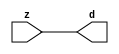

//------> /package/eda/mg/Catapult_10.3d/Mgc_home/pkgs/siflibs/mgc_in_wire_v2.v 
//------------------------------------------------------------------------------
// Catapult Synthesis - Sample I/O Port Library
//
// Copyright (c) 2003-2017 Mentor Graphics Corp.
//       All Rights Reserved
//
// This document may be used and distributed without restriction provided that
// this copyright statement is not removed from the file and that any derivative
// work contains this copyright notice.
//
// The design information contained in this file is intended to be an example
// of the functionality which the end user may study in preparation for creating
// their own custom interfaces. This design does not necessarily present a 
// complete implementation of the named protocol or standard.
//
//------------------------------------------------------------------------------


module mgc_in_wire_v2 (d, z);

  parameter integer rscid = 1;
  parameter integer width = 8;

  output [width-1:0] d;
  input  [width-1:0] z;

  wire   [width-1:0] d;

  assign d = z;

endmodule


//------> /package/eda/mg/Catapult_10.3d/Mgc_home/pkgs/siflibs/ccs_in_v1.v 
//------------------------------------------------------------------------------
// Catapult Synthesis - Sample I/O Port Library
//
// Copyright (c) 2003-2017 Mentor Graphics Corp.
//       All Rights Reserved
//
// This document may be used and distributed without restriction provided that
// this copyright statement is not removed from the file and that any derivative
// work contains this copyright notice.
//
// The design information contained in this file is intended to be an example
// of the functionality which the end user may study in preparation for creating
// their own custom interfaces. This design does not necessarily present a 
// complete implementation of the named protocol or standard.
//
//------------------------------------------------------------------------------


module ccs_in_v1 (idat, dat);

  parameter integer rscid = 1;
  parameter integer width = 8;

  output [width-1:0] idat;
  input  [width-1:0] dat;

  wire   [width-1:0] idat;

  assign idat = dat;

endmodule


//------> /package/eda/mg/Catapult_10.3d/Mgc_home/pkgs/siflibs/ccs_out_v1.v 
//------------------------------------------------------------------------------
// Catapult Synthesis - Sample I/O Port Library
//
// Copyright (c) 2003-2015 Mentor Graphics Corp.
//       All Rights Reserved
//
// This document may be used and distributed without restriction provided that
// this copyright statement is not removed from the file and that any derivative
// work contains this copyright notice.
//
// The design information contained in this file is intended to be an example
// of the functionality which the end user may study in preparation for creating
// their own custom interfaces. This design does not necessarily present a 
// complete implementation of the named protocol or standard.
//
//------------------------------------------------------------------------------

module ccs_out_v1 (dat, idat);

  parameter integer rscid = 1;
  parameter integer width = 8;

  output   [width-1:0] dat;
  input    [width-1:0] idat;

  wire     [width-1:0] dat;

  assign dat = idat;

endmodule




//------> /package/eda/mg/Catapult_10.3d/Mgc_home/pkgs/siflibs/mgc_io_sync_v2.v 
//------------------------------------------------------------------------------
// Catapult Synthesis - Sample I/O Port Library
//
// Copyright (c) 2003-2017 Mentor Graphics Corp.
//       All Rights Reserved
//
// This document may be used and distributed without restriction provided that
// this copyright statement is not removed from the file and that any derivative
// work contains this copyright notice.
//
// The design information contained in this file is intended to be an example
// of the functionality which the end user may study in preparation for creating
// their own custom interfaces. This design does not necessarily present a 
// complete implementation of the named protocol or standard.
//
//------------------------------------------------------------------------------


module mgc_io_sync_v2 (ld, lz);
    parameter valid = 0;

    input  ld;
    output lz;

    wire   lz;

    assign lz = ld;

endmodule


//------> ./rtl.v 
// ----------------------------------------------------------------------
//  HLS HDL:        Verilog Netlister
//  HLS Version:    10.3d/815731 Production Release
//  HLS Date:       Wed Apr 24 14:54:19 PDT 2019
// 
//  Generated by:   695r48@ecegrid-thin4.ecn.purdue.edu
//  Generated date: Wed Nov 10 16:37:26 2021
// ----------------------------------------------------------------------

// 
// ------------------------------------------------------------------
//  Design Unit:    fir_core_core_fsm
//  FSM Module
// ------------------------------------------------------------------


module fir_core_core_fsm (
  clk, rst, fsm_output
);
  input clk;
  input rst;
  output [8:0] fsm_output;
  reg [8:0] fsm_output;


  // FSM State Type Declaration for fir_core_core_fsm_1
  parameter
    main_C_0 = 4'd0,
    main_C_1 = 4'd1,
    main_C_2 = 4'd2,
    main_C_3 = 4'd3,
    main_C_4 = 4'd4,
    main_C_5 = 4'd5,
    main_C_6 = 4'd6,
    main_C_7 = 4'd7,
    main_C_8 = 4'd8;

  reg [3:0] state_var;
  reg [3:0] state_var_NS;


  // Interconnect Declarations for Component Instantiations 
  always @(*)
  begin : fir_core_core_fsm_1
    case (state_var)
      main_C_1 : begin
        fsm_output = 9'b000000010;
        state_var_NS = main_C_2;
      end
      main_C_2 : begin
        fsm_output = 9'b000000100;
        state_var_NS = main_C_3;
      end
      main_C_3 : begin
        fsm_output = 9'b000001000;
        state_var_NS = main_C_4;
      end
      main_C_4 : begin
        fsm_output = 9'b000010000;
        state_var_NS = main_C_5;
      end
      main_C_5 : begin
        fsm_output = 9'b000100000;
        state_var_NS = main_C_6;
      end
      main_C_6 : begin
        fsm_output = 9'b001000000;
        state_var_NS = main_C_7;
      end
      main_C_7 : begin
        fsm_output = 9'b010000000;
        state_var_NS = main_C_8;
      end
      main_C_8 : begin
        fsm_output = 9'b100000000;
        state_var_NS = main_C_0;
      end
      // main_C_0
      default : begin
        fsm_output = 9'b000000001;
        state_var_NS = main_C_1;
      end
    endcase
  end

  always @(posedge clk) begin
    if ( rst ) begin
      state_var <= main_C_0;
    end
    else begin
      state_var <= state_var_NS;
    end
  end

endmodule

// ------------------------------------------------------------------
//  Design Unit:    fir_core
// ------------------------------------------------------------------


module fir_core (
  clk, rst, coeffs_rsc_z, coeffs_rsc_triosy_lz, in1_rsc_dat, in1_rsc_triosy_lz, out1_rsc_dat,
      out1_rsc_triosy_lz
);
  input clk;
  input rst;
  input [511:0] coeffs_rsc_z;
  output coeffs_rsc_triosy_lz;
  input [15:0] in1_rsc_dat;
  output in1_rsc_triosy_lz;
  output [15:0] out1_rsc_dat;
  output out1_rsc_triosy_lz;


  // Interconnect Declarations
  wire [511:0] coeffs_rsci_d;
  wire [15:0] in1_rsci_idat;
  reg [15:0] out1_rsci_idat;
  reg out1_rsc_triosy_obj_ld;
  wire [8:0] fsm_output;
  reg [223:0] reg_MAC_io_read_coeffs_rsc_cse_255_0_ftd_32;
  reg reg_in1_rsc_triosy_obj_ld_cse;
  wire [29:0] z_out;
  wire [30:0] nl_z_out;
  wire [29:0] z_out_1;
  wire signed [32:0] nl_z_out_1;
  wire [29:0] z_out_2;
  wire signed [32:0] nl_z_out_2;
  wire [29:0] z_out_3;
  wire signed [32:0] nl_z_out_3;
  wire [29:0] z_out_4;
  wire signed [32:0] nl_z_out_4;
  wire [29:0] z_out_5;
  wire signed [32:0] nl_z_out_5;
  wire [29:0] z_out_6;
  wire signed [32:0] nl_z_out_6;
  reg [15:0] regs_15_sva;
  reg [15:0] regs_16_sva;
  reg [15:0] regs_14_sva;
  reg [15:0] regs_17_sva;
  reg [15:0] regs_13_sva;
  reg [15:0] regs_18_sva;
  reg [15:0] regs_12_sva;
  reg [15:0] regs_19_sva;
  reg [15:0] regs_11_sva;
  reg [15:0] regs_20_sva;
  reg [15:0] regs_10_sva;
  reg [15:0] regs_21_sva;
  reg [15:0] regs_9_sva;
  reg [15:0] regs_22_sva;
  reg [15:0] regs_8_sva;
  reg [15:0] regs_23_sva;
  reg [15:0] regs_7_sva;
  reg [15:0] regs_24_sva;
  reg [15:0] regs_6_sva;
  reg [15:0] regs_25_sva;
  reg [15:0] regs_5_sva;
  reg [15:0] regs_26_sva;
  reg [15:0] regs_4_sva;
  reg [15:0] regs_27_sva;
  reg [15:0] regs_3_sva;
  reg [15:0] regs_28_sva;
  reg [15:0] regs_2_sva;
  reg [15:0] regs_29_sva;
  reg [15:0] regs_1_sva;
  reg [15:0] regs_30_sva;
  reg [15:0] regs_0_sva;
  reg [16:0] MAC_1_acc_3_itm;
  wire [17:0] nl_MAC_1_acc_3_itm;
  reg [16:0] MAC_2_acc_3_itm;
  wire [17:0] nl_MAC_2_acc_3_itm;
  reg [16:0] MAC_3_acc_3_itm;
  wire [17:0] nl_MAC_3_acc_3_itm;
  reg [16:0] MAC_4_acc_3_itm;
  wire [17:0] nl_MAC_4_acc_3_itm;
  reg [16:0] MAC_5_acc_3_itm;
  wire [17:0] nl_MAC_5_acc_3_itm;
  reg [16:0] MAC_6_acc_3_itm;
  wire [17:0] nl_MAC_6_acc_3_itm;
  reg [16:0] MAC_7_acc_3_itm;
  wire [17:0] nl_MAC_7_acc_3_itm;
  reg [16:0] MAC_8_acc_3_itm;
  wire [17:0] nl_MAC_8_acc_3_itm;
  reg [16:0] MAC_9_acc_3_itm;
  wire [17:0] nl_MAC_9_acc_3_itm;
  reg [16:0] MAC_10_acc_3_itm;
  reg [29:0] MAC_acc_7_itm;
  reg [16:0] MAC_11_acc_3_itm;
  wire [17:0] nl_MAC_11_acc_3_itm;
  reg [16:0] MAC_12_acc_3_itm;
  wire [17:0] nl_MAC_12_acc_3_itm;
  reg [16:0] MAC_13_acc_3_itm;
  wire [17:0] nl_MAC_13_acc_3_itm;
  reg [16:0] MAC_14_acc_3_itm;
  wire [17:0] nl_MAC_14_acc_3_itm;
  reg [29:0] MAC_15_mul_itm;
  reg [29:0] MAC_16_mul_itm;
  reg [29:0] MAC_acc_16_itm;
  wire [29:0] MAC_acc_19;
  wire [30:0] nl_MAC_acc_19;
  wire MAC_or_5_cse;

  wire[29:0] MAC_16_acc_2_nl;
  wire[30:0] nl_MAC_16_acc_2_nl;
  wire[29:0] MAC_acc_nl;
  wire[30:0] nl_MAC_acc_nl;
  wire[16:0] MAC_10_acc_3_nl;
  wire[17:0] nl_MAC_10_acc_3_nl;
  wire[29:0] MAC_15_mul_nl;
  wire signed [32:0] nl_MAC_15_mul_nl;
  wire[16:0] MAC_15_acc_3_nl;
  wire[17:0] nl_MAC_15_acc_3_nl;
  wire[29:0] MAC_acc_5_nl;
  wire[30:0] nl_MAC_acc_5_nl;
  wire[29:0] MAC_acc_11_nl;
  wire[30:0] nl_MAC_acc_11_nl;
  wire[29:0] MAC_16_mul_nl;
  wire signed [32:0] nl_MAC_16_mul_nl;
  wire[16:0] MAC_16_acc_3_nl;
  wire[17:0] nl_MAC_16_acc_3_nl;
  wire[29:0] MAC_acc_10_nl;
  wire[30:0] nl_MAC_acc_10_nl;
  wire[29:0] MAC_acc_8_nl;
  wire[30:0] nl_MAC_acc_8_nl;
  wire[29:0] MAC_acc_6_nl;
  wire[30:0] nl_MAC_acc_6_nl;
  wire[29:0] MAC_11_mul_nl;
  wire signed [32:0] nl_MAC_11_mul_nl;
  wire[29:0] MAC_12_mul_nl;
  wire signed [32:0] nl_MAC_12_mul_nl;
  wire[29:0] MAC_acc_9_nl;
  wire[30:0] nl_MAC_acc_9_nl;
  wire[29:0] MAC_acc_7_nl;
  wire[30:0] nl_MAC_acc_7_nl;
  wire[29:0] MAC_mux_25_nl;
  wire[0:0] or_82_nl;
  wire[15:0] MAC_mux_26_nl;
  wire[16:0] MAC_mux_27_nl;
  wire[15:0] MAC_mux_28_nl;
  wire[16:0] MAC_mux_29_nl;
  wire[15:0] MAC_mux_30_nl;
  wire[16:0] MAC_mux_31_nl;
  wire[15:0] MAC_mux_32_nl;
  wire[16:0] MAC_mux_33_nl;
  wire[15:0] MAC_mux_34_nl;
  wire[16:0] MAC_mux_35_nl;
  wire[15:0] MAC_mux_36_nl;
  wire[16:0] MAC_mux_37_nl;

  // Interconnect Declarations for Component Instantiations 
  mgc_in_wire_v2 #(.rscid(32'sd1),
  .width(32'sd512)) coeffs_rsci (
      .d(coeffs_rsci_d),
      .z(coeffs_rsc_z)
    );
  ccs_in_v1 #(.rscid(32'sd2),
  .width(32'sd16)) in1_rsci (
      .dat(in1_rsc_dat),
      .idat(in1_rsci_idat)
    );
  ccs_out_v1 #(.rscid(32'sd3),
  .width(32'sd16)) out1_rsci (
      .idat(out1_rsci_idat),
      .dat(out1_rsc_dat)
    );
  mgc_io_sync_v2 #(.valid(32'sd0)) coeffs_rsc_triosy_obj (
      .ld(reg_in1_rsc_triosy_obj_ld_cse),
      .lz(coeffs_rsc_triosy_lz)
    );
  mgc_io_sync_v2 #(.valid(32'sd0)) in1_rsc_triosy_obj (
      .ld(reg_in1_rsc_triosy_obj_ld_cse),
      .lz(in1_rsc_triosy_lz)
    );
  mgc_io_sync_v2 #(.valid(32'sd0)) out1_rsc_triosy_obj (
      .ld(out1_rsc_triosy_obj_ld),
      .lz(out1_rsc_triosy_lz)
    );
  fir_core_core_fsm fir_core_core_fsm_inst (
      .clk(clk),
      .rst(rst),
      .fsm_output(fsm_output)
    );
  assign MAC_or_5_cse = (fsm_output[4]) | (fsm_output[6]);
  assign nl_MAC_acc_19 = MAC_acc_7_itm + MAC_16_mul_itm;
  assign MAC_acc_19 = nl_MAC_acc_19[29:0];
  always @(posedge clk) begin
    if ( rst ) begin
      out1_rsci_idat <= 16'b0000000000000000;
    end
    else if ( fsm_output[8] ) begin
      out1_rsci_idat <= readslicef_30_16_14((MAC_16_acc_2_nl));
    end
  end
  always @(posedge clk) begin
    if ( rst ) begin
      MAC_11_acc_3_itm <= 17'b00000000000000000;
    end
    else if ( fsm_output[0] ) begin
      MAC_11_acc_3_itm <= nl_MAC_11_acc_3_itm[16:0];
    end
  end
  always @(posedge clk) begin
    if ( rst ) begin
      MAC_12_acc_3_itm <= 17'b00000000000000000;
    end
    else if ( fsm_output[0] ) begin
      MAC_12_acc_3_itm <= nl_MAC_12_acc_3_itm[16:0];
    end
  end
  always @(posedge clk) begin
    if ( rst ) begin
      MAC_9_acc_3_itm <= 17'b00000000000000000;
    end
    else if ( fsm_output[0] ) begin
      MAC_9_acc_3_itm <= nl_MAC_9_acc_3_itm[16:0];
    end
  end
  always @(posedge clk) begin
    if ( rst ) begin
      MAC_10_acc_3_itm <= 17'b00000000000000000;
    end
    else if ( (fsm_output[8]) | (fsm_output[0]) ) begin
      MAC_10_acc_3_itm <= MUX_v_17_2_2((MAC_10_acc_3_nl), ({1'b0 , regs_30_sva}),
          fsm_output[8]);
    end
  end
  always @(posedge clk) begin
    if ( rst ) begin
      MAC_7_acc_3_itm <= 17'b00000000000000000;
    end
    else if ( fsm_output[0] ) begin
      MAC_7_acc_3_itm <= nl_MAC_7_acc_3_itm[16:0];
    end
  end
  always @(posedge clk) begin
    if ( rst ) begin
      MAC_8_acc_3_itm <= 17'b00000000000000000;
    end
    else if ( fsm_output[0] ) begin
      MAC_8_acc_3_itm <= nl_MAC_8_acc_3_itm[16:0];
    end
  end
  always @(posedge clk) begin
    if ( rst ) begin
      MAC_5_acc_3_itm <= 17'b00000000000000000;
    end
    else if ( fsm_output[0] ) begin
      MAC_5_acc_3_itm <= nl_MAC_5_acc_3_itm[16:0];
    end
  end
  always @(posedge clk) begin
    if ( rst ) begin
      MAC_6_acc_3_itm <= 17'b00000000000000000;
    end
    else if ( fsm_output[0] ) begin
      MAC_6_acc_3_itm <= nl_MAC_6_acc_3_itm[16:0];
    end
  end
  always @(posedge clk) begin
    if ( rst ) begin
      MAC_3_acc_3_itm <= 17'b00000000000000000;
    end
    else if ( fsm_output[0] ) begin
      MAC_3_acc_3_itm <= nl_MAC_3_acc_3_itm[16:0];
    end
  end
  always @(posedge clk) begin
    if ( rst ) begin
      MAC_4_acc_3_itm <= 17'b00000000000000000;
    end
    else if ( fsm_output[0] ) begin
      MAC_4_acc_3_itm <= nl_MAC_4_acc_3_itm[16:0];
    end
  end
  always @(posedge clk) begin
    if ( rst ) begin
      MAC_1_acc_3_itm <= 17'b00000000000000000;
    end
    else if ( fsm_output[0] ) begin
      MAC_1_acc_3_itm <= nl_MAC_1_acc_3_itm[16:0];
    end
  end
  always @(posedge clk) begin
    if ( rst ) begin
      MAC_2_acc_3_itm <= 17'b00000000000000000;
    end
    else if ( fsm_output[0] ) begin
      MAC_2_acc_3_itm <= nl_MAC_2_acc_3_itm[16:0];
    end
  end
  always @(posedge clk) begin
    if ( rst ) begin
      MAC_15_mul_itm <= 30'b000000000000000000000000000000;
    end
    else if ( (fsm_output[0]) | (fsm_output[1]) | (fsm_output[2]) | (fsm_output[4])
        | (fsm_output[6]) ) begin
      MAC_15_mul_itm <= MUX1HOT_v_30_4_2((MAC_15_mul_nl), (MAC_acc_5_nl), (MAC_acc_11_nl),
          z_out, {(fsm_output[0]) , (fsm_output[1]) , (fsm_output[2]) , MAC_or_5_cse});
    end
  end
  always @(posedge clk) begin
    if ( rst ) begin
      MAC_16_mul_itm <= 30'b000000000000000000000000000000;
      MAC_13_acc_3_itm <= 17'b00000000000000000;
      MAC_14_acc_3_itm <= 17'b00000000000000000;
      out1_rsc_triosy_obj_ld <= 1'b0;
      reg_in1_rsc_triosy_obj_ld_cse <= 1'b0;
    end
    else begin
      MAC_16_mul_itm <= MUX1HOT_v_30_5_2((MAC_16_mul_nl), z_out, (MAC_acc_10_nl),
          (MAC_acc_8_nl), (MAC_acc_6_nl), {(fsm_output[0]) , (fsm_output[1]) , (fsm_output[3])
          , (fsm_output[5]) , (fsm_output[7])});
      MAC_13_acc_3_itm <= nl_MAC_13_acc_3_itm[16:0];
      MAC_14_acc_3_itm <= nl_MAC_14_acc_3_itm[16:0];
      out1_rsc_triosy_obj_ld <= fsm_output[8];
      reg_in1_rsc_triosy_obj_ld_cse <= fsm_output[0];
    end
  end
  always @(posedge clk) begin
    if ( rst ) begin
      regs_1_sva <= 16'b0000000000000000;
    end
    else if ( fsm_output[0] ) begin
      regs_1_sva <= regs_0_sva;
    end
  end
  always @(posedge clk) begin
    if ( rst ) begin
      regs_0_sva <= 16'b0000000000000000;
    end
    else if ( fsm_output[0] ) begin
      regs_0_sva <= in1_rsci_idat;
    end
  end
  always @(posedge clk) begin
    if ( rst ) begin
      regs_15_sva <= 16'b0000000000000000;
    end
    else if ( fsm_output[8] ) begin
      regs_15_sva <= regs_14_sva;
    end
  end
  always @(posedge clk) begin
    if ( rst ) begin
      regs_14_sva <= 16'b0000000000000000;
    end
    else if ( fsm_output[8] ) begin
      regs_14_sva <= regs_13_sva;
    end
  end
  always @(posedge clk) begin
    if ( rst ) begin
      regs_16_sva <= 16'b0000000000000000;
    end
    else if ( fsm_output[8] ) begin
      regs_16_sva <= regs_15_sva;
    end
  end
  always @(posedge clk) begin
    if ( rst ) begin
      regs_13_sva <= 16'b0000000000000000;
    end
    else if ( fsm_output[8] ) begin
      regs_13_sva <= regs_12_sva;
    end
  end
  always @(posedge clk) begin
    if ( rst ) begin
      regs_17_sva <= 16'b0000000000000000;
    end
    else if ( fsm_output[8] ) begin
      regs_17_sva <= regs_16_sva;
    end
  end
  always @(posedge clk) begin
    if ( rst ) begin
      regs_12_sva <= 16'b0000000000000000;
    end
    else if ( fsm_output[8] ) begin
      regs_12_sva <= regs_11_sva;
    end
  end
  always @(posedge clk) begin
    if ( rst ) begin
      regs_18_sva <= 16'b0000000000000000;
    end
    else if ( fsm_output[8] ) begin
      regs_18_sva <= regs_17_sva;
    end
  end
  always @(posedge clk) begin
    if ( rst ) begin
      regs_11_sva <= 16'b0000000000000000;
    end
    else if ( fsm_output[8] ) begin
      regs_11_sva <= regs_10_sva;
    end
  end
  always @(posedge clk) begin
    if ( rst ) begin
      regs_19_sva <= 16'b0000000000000000;
    end
    else if ( fsm_output[8] ) begin
      regs_19_sva <= regs_18_sva;
    end
  end
  always @(posedge clk) begin
    if ( rst ) begin
      regs_10_sva <= 16'b0000000000000000;
    end
    else if ( fsm_output[8] ) begin
      regs_10_sva <= regs_9_sva;
    end
  end
  always @(posedge clk) begin
    if ( rst ) begin
      regs_20_sva <= 16'b0000000000000000;
    end
    else if ( fsm_output[8] ) begin
      regs_20_sva <= regs_19_sva;
    end
  end
  always @(posedge clk) begin
    if ( rst ) begin
      regs_9_sva <= 16'b0000000000000000;
    end
    else if ( fsm_output[8] ) begin
      regs_9_sva <= regs_8_sva;
    end
  end
  always @(posedge clk) begin
    if ( rst ) begin
      regs_21_sva <= 16'b0000000000000000;
    end
    else if ( fsm_output[8] ) begin
      regs_21_sva <= regs_20_sva;
    end
  end
  always @(posedge clk) begin
    if ( rst ) begin
      regs_8_sva <= 16'b0000000000000000;
    end
    else if ( fsm_output[8] ) begin
      regs_8_sva <= regs_7_sva;
    end
  end
  always @(posedge clk) begin
    if ( rst ) begin
      regs_22_sva <= 16'b0000000000000000;
    end
    else if ( fsm_output[8] ) begin
      regs_22_sva <= regs_21_sva;
    end
  end
  always @(posedge clk) begin
    if ( rst ) begin
      regs_7_sva <= 16'b0000000000000000;
    end
    else if ( fsm_output[8] ) begin
      regs_7_sva <= regs_6_sva;
    end
  end
  always @(posedge clk) begin
    if ( rst ) begin
      regs_23_sva <= 16'b0000000000000000;
    end
    else if ( fsm_output[8] ) begin
      regs_23_sva <= regs_22_sva;
    end
  end
  always @(posedge clk) begin
    if ( rst ) begin
      regs_6_sva <= 16'b0000000000000000;
    end
    else if ( fsm_output[8] ) begin
      regs_6_sva <= regs_5_sva;
    end
  end
  always @(posedge clk) begin
    if ( rst ) begin
      regs_24_sva <= 16'b0000000000000000;
    end
    else if ( fsm_output[8] ) begin
      regs_24_sva <= regs_23_sva;
    end
  end
  always @(posedge clk) begin
    if ( rst ) begin
      regs_5_sva <= 16'b0000000000000000;
    end
    else if ( fsm_output[8] ) begin
      regs_5_sva <= regs_4_sva;
    end
  end
  always @(posedge clk) begin
    if ( rst ) begin
      regs_25_sva <= 16'b0000000000000000;
    end
    else if ( fsm_output[8] ) begin
      regs_25_sva <= regs_24_sva;
    end
  end
  always @(posedge clk) begin
    if ( rst ) begin
      regs_4_sva <= 16'b0000000000000000;
    end
    else if ( fsm_output[8] ) begin
      regs_4_sva <= regs_3_sva;
    end
  end
  always @(posedge clk) begin
    if ( rst ) begin
      regs_26_sva <= 16'b0000000000000000;
    end
    else if ( fsm_output[8] ) begin
      regs_26_sva <= regs_25_sva;
    end
  end
  always @(posedge clk) begin
    if ( rst ) begin
      regs_3_sva <= 16'b0000000000000000;
    end
    else if ( fsm_output[8] ) begin
      regs_3_sva <= regs_2_sva;
    end
  end
  always @(posedge clk) begin
    if ( rst ) begin
      regs_27_sva <= 16'b0000000000000000;
    end
    else if ( fsm_output[8] ) begin
      regs_27_sva <= regs_26_sva;
    end
  end
  always @(posedge clk) begin
    if ( rst ) begin
      regs_2_sva <= 16'b0000000000000000;
    end
    else if ( fsm_output[8] ) begin
      regs_2_sva <= regs_1_sva;
    end
  end
  always @(posedge clk) begin
    if ( rst ) begin
      regs_28_sva <= 16'b0000000000000000;
    end
    else if ( fsm_output[8] ) begin
      regs_28_sva <= regs_27_sva;
    end
  end
  always @(posedge clk) begin
    if ( rst ) begin
      regs_29_sva <= 16'b0000000000000000;
    end
    else if ( fsm_output[8] ) begin
      regs_29_sva <= regs_28_sva;
    end
  end
  always @(posedge clk) begin
    if ( rst ) begin
      regs_30_sva <= 16'b0000000000000000;
    end
    else if ( fsm_output[8] ) begin
      regs_30_sva <= regs_29_sva;
    end
  end
  always @(posedge clk) begin
    if ( rst ) begin
      MAC_acc_16_itm <= 30'b000000000000000000000000000000;
    end
    else if ( fsm_output[2] ) begin
      MAC_acc_16_itm <= z_out;
    end
  end
  always @(posedge clk) begin
    if ( rst ) begin
      MAC_acc_7_itm <= 30'b000000000000000000000000000000;
    end
    else if ( MAC_or_5_cse ) begin
      MAC_acc_7_itm <= MUX_v_30_2_2((MAC_acc_9_nl), (MAC_acc_7_nl), fsm_output[6]);
    end
  end
  always @(posedge clk) begin
    if ( rst ) begin
      reg_MAC_io_read_coeffs_rsc_cse_255_0_ftd_32 <= 224'b00000000000000000000000000000000000000000000000000000000000000000000000000000000000000000000000000000000000000000000000000000000000000000000000000000000000000000000000000000000000000000000000000000000000000000000000000000000;
    end
    else if ( fsm_output[0] ) begin
      reg_MAC_io_read_coeffs_rsc_cse_255_0_ftd_32 <= coeffs_rsci_d[223:0];
    end
  end
  assign nl_MAC_acc_nl = MAC_acc_19 + MAC_acc_16_itm;
  assign MAC_acc_nl = nl_MAC_acc_nl[29:0];
  assign nl_MAC_16_acc_2_nl = MAC_15_mul_itm + (MAC_acc_nl);
  assign MAC_16_acc_2_nl = nl_MAC_16_acc_2_nl[29:0];
  assign nl_MAC_11_acc_3_itm  = conv_s2s_16_17(regs_10_sva) + conv_s2s_16_17(regs_21_sva);
  assign nl_MAC_12_acc_3_itm  = conv_s2s_16_17(regs_11_sva) + conv_s2s_16_17(regs_20_sva);
  assign nl_MAC_9_acc_3_itm  = conv_s2s_16_17(regs_8_sva) + conv_s2s_16_17(regs_23_sva);
  assign nl_MAC_10_acc_3_nl = conv_s2s_16_17(regs_9_sva) + conv_s2s_16_17(regs_22_sva);
  assign MAC_10_acc_3_nl = nl_MAC_10_acc_3_nl[16:0];
  assign nl_MAC_7_acc_3_itm  = conv_s2s_16_17(regs_6_sva) + conv_s2s_16_17(regs_25_sva);
  assign nl_MAC_8_acc_3_itm  = conv_s2s_16_17(regs_7_sva) + conv_s2s_16_17(regs_24_sva);
  assign nl_MAC_5_acc_3_itm  = conv_s2s_16_17(regs_4_sva) + conv_s2s_16_17(regs_27_sva);
  assign nl_MAC_6_acc_3_itm  = conv_s2s_16_17(regs_5_sva) + conv_s2s_16_17(regs_26_sva);
  assign nl_MAC_3_acc_3_itm  = conv_s2s_16_17(regs_1_sva) + conv_s2s_16_17(regs_29_sva);
  assign nl_MAC_4_acc_3_itm  = conv_s2s_16_17(regs_3_sva) + conv_s2s_16_17(regs_28_sva);
  assign nl_MAC_1_acc_3_itm  = conv_s2s_16_17(in1_rsci_idat) + conv_s2s_16_17(MAC_10_acc_3_itm[15:0]);
  assign nl_MAC_2_acc_3_itm  = conv_s2s_16_17(regs_0_sva) + conv_s2s_16_17(regs_30_sva);
  assign nl_MAC_15_acc_3_nl = conv_s2s_16_17(regs_14_sva) + conv_s2s_16_17(regs_17_sva);
  assign MAC_15_acc_3_nl = nl_MAC_15_acc_3_nl[16:0];
  assign nl_MAC_15_mul_nl = $signed((MAC_15_acc_3_nl)) * $signed((coeffs_rsci_d[239:224]));
  assign MAC_15_mul_nl = nl_MAC_15_mul_nl[29:0];
  assign nl_MAC_acc_5_nl = z_out_1 + z_out_2;
  assign MAC_acc_5_nl = nl_MAC_acc_5_nl[29:0];
  assign nl_MAC_acc_11_nl = z_out_1 + z_out_2;
  assign MAC_acc_11_nl = nl_MAC_acc_11_nl[29:0];
  assign nl_MAC_16_acc_3_nl = conv_s2s_16_17(regs_15_sva) + conv_s2s_16_17(regs_16_sva);
  assign MAC_16_acc_3_nl = nl_MAC_16_acc_3_nl[16:0];
  assign nl_MAC_16_mul_nl = $signed((MAC_16_acc_3_nl)) * $signed((coeffs_rsci_d[255:240]));
  assign MAC_16_mul_nl = nl_MAC_16_mul_nl[29:0];
  assign nl_MAC_acc_10_nl = z_out_3 + z_out_4;
  assign MAC_acc_10_nl = nl_MAC_acc_10_nl[29:0];
  assign nl_MAC_acc_8_nl = z_out_5 + z_out_6;
  assign MAC_acc_8_nl = nl_MAC_acc_8_nl[29:0];
  assign nl_MAC_11_mul_nl = $signed(MAC_11_acc_3_itm) * $signed((reg_MAC_io_read_coeffs_rsc_cse_255_0_ftd_32[175:160]));
  assign MAC_11_mul_nl = nl_MAC_11_mul_nl[29:0];
  assign nl_MAC_12_mul_nl = $signed(MAC_12_acc_3_itm) * $signed((reg_MAC_io_read_coeffs_rsc_cse_255_0_ftd_32[191:176]));
  assign MAC_12_mul_nl = nl_MAC_12_mul_nl[29:0];
  assign nl_MAC_acc_6_nl = (MAC_11_mul_nl) + (MAC_12_mul_nl);
  assign MAC_acc_6_nl = nl_MAC_acc_6_nl[29:0];
  assign nl_MAC_13_acc_3_itm  = conv_s2s_16_17(regs_12_sva) + conv_s2s_16_17(regs_19_sva);
  assign nl_MAC_14_acc_3_itm  = conv_s2s_16_17(regs_13_sva) + conv_s2s_16_17(regs_18_sva);
  assign nl_MAC_acc_9_nl = z_out_6 + z_out_5;
  assign MAC_acc_9_nl = nl_MAC_acc_9_nl[29:0];
  assign nl_MAC_acc_7_nl = z_out_4 + z_out_3;
  assign MAC_acc_7_nl = nl_MAC_acc_7_nl[29:0];
  assign or_82_nl = (fsm_output[4]) | (fsm_output[2]) | (fsm_output[1]);
  assign MAC_mux_25_nl = MUX_v_30_2_2(MAC_acc_19, MAC_16_mul_itm, or_82_nl);
  assign nl_z_out = MAC_15_mul_itm + (MAC_mux_25_nl);
  assign z_out = nl_z_out[29:0];
  assign MAC_mux_26_nl = MUX_v_16_2_2((reg_MAC_io_read_coeffs_rsc_cse_255_0_ftd_32[207:192]),
      (reg_MAC_io_read_coeffs_rsc_cse_255_0_ftd_32[15:0]), fsm_output[2]);
  assign MAC_mux_27_nl = MUX_v_17_2_2(MAC_13_acc_3_itm, MAC_1_acc_3_itm, fsm_output[2]);
  assign nl_z_out_1 = $signed((MAC_mux_26_nl)) * $signed((MAC_mux_27_nl));
  assign z_out_1 = nl_z_out_1[29:0];
  assign MAC_mux_28_nl = MUX_v_16_2_2((reg_MAC_io_read_coeffs_rsc_cse_255_0_ftd_32[223:208]),
      (reg_MAC_io_read_coeffs_rsc_cse_255_0_ftd_32[31:16]), fsm_output[2]);
  assign MAC_mux_29_nl = MUX_v_17_2_2(MAC_14_acc_3_itm, MAC_2_acc_3_itm, fsm_output[2]);
  assign nl_z_out_2 = $signed((MAC_mux_28_nl)) * $signed((MAC_mux_29_nl));
  assign z_out_2 = nl_z_out_2[29:0];
  assign MAC_mux_30_nl = MUX_v_16_2_2((reg_MAC_io_read_coeffs_rsc_cse_255_0_ftd_32[47:32]),
      (reg_MAC_io_read_coeffs_rsc_cse_255_0_ftd_32[159:144]), fsm_output[6]);
  assign MAC_mux_31_nl = MUX_v_17_2_2(MAC_3_acc_3_itm, MAC_10_acc_3_itm, fsm_output[6]);
  assign nl_z_out_3 = $signed((MAC_mux_30_nl)) * $signed((MAC_mux_31_nl));
  assign z_out_3 = nl_z_out_3[29:0];
  assign MAC_mux_32_nl = MUX_v_16_2_2((reg_MAC_io_read_coeffs_rsc_cse_255_0_ftd_32[63:48]),
      (reg_MAC_io_read_coeffs_rsc_cse_255_0_ftd_32[143:128]), fsm_output[6]);
  assign MAC_mux_33_nl = MUX_v_17_2_2(MAC_4_acc_3_itm, MAC_9_acc_3_itm, fsm_output[6]);
  assign nl_z_out_4 = $signed((MAC_mux_32_nl)) * $signed((MAC_mux_33_nl));
  assign z_out_4 = nl_z_out_4[29:0];
  assign MAC_mux_34_nl = MUX_v_16_2_2((reg_MAC_io_read_coeffs_rsc_cse_255_0_ftd_32[111:96]),
      (reg_MAC_io_read_coeffs_rsc_cse_255_0_ftd_32[95:80]), fsm_output[4]);
  assign MAC_mux_35_nl = MUX_v_17_2_2(MAC_7_acc_3_itm, MAC_6_acc_3_itm, fsm_output[4]);
  assign nl_z_out_5 = $signed((MAC_mux_34_nl)) * $signed((MAC_mux_35_nl));
  assign z_out_5 = nl_z_out_5[29:0];
  assign MAC_mux_36_nl = MUX_v_16_2_2((reg_MAC_io_read_coeffs_rsc_cse_255_0_ftd_32[127:112]),
      (reg_MAC_io_read_coeffs_rsc_cse_255_0_ftd_32[79:64]), fsm_output[4]);
  assign MAC_mux_37_nl = MUX_v_17_2_2(MAC_8_acc_3_itm, MAC_5_acc_3_itm, fsm_output[4]);
  assign nl_z_out_6 = $signed((MAC_mux_36_nl)) * $signed((MAC_mux_37_nl));
  assign z_out_6 = nl_z_out_6[29:0];

  function automatic [29:0] MUX1HOT_v_30_4_2;
    input [29:0] input_3;
    input [29:0] input_2;
    input [29:0] input_1;
    input [29:0] input_0;
    input [3:0] sel;
    reg [29:0] result;
  begin
    result = input_0 & {30{sel[0]}};
    result = result | ( input_1 & {30{sel[1]}});
    result = result | ( input_2 & {30{sel[2]}});
    result = result | ( input_3 & {30{sel[3]}});
    MUX1HOT_v_30_4_2 = result;
  end
  endfunction


  function automatic [29:0] MUX1HOT_v_30_5_2;
    input [29:0] input_4;
    input [29:0] input_3;
    input [29:0] input_2;
    input [29:0] input_1;
    input [29:0] input_0;
    input [4:0] sel;
    reg [29:0] result;
  begin
    result = input_0 & {30{sel[0]}};
    result = result | ( input_1 & {30{sel[1]}});
    result = result | ( input_2 & {30{sel[2]}});
    result = result | ( input_3 & {30{sel[3]}});
    result = result | ( input_4 & {30{sel[4]}});
    MUX1HOT_v_30_5_2 = result;
  end
  endfunction


  function automatic [15:0] MUX_v_16_2_2;
    input [15:0] input_0;
    input [15:0] input_1;
    input [0:0] sel;
    reg [15:0] result;
  begin
    case (sel)
      1'b0 : begin
        result = input_0;
      end
      default : begin
        result = input_1;
      end
    endcase
    MUX_v_16_2_2 = result;
  end
  endfunction


  function automatic [16:0] MUX_v_17_2_2;
    input [16:0] input_0;
    input [16:0] input_1;
    input [0:0] sel;
    reg [16:0] result;
  begin
    case (sel)
      1'b0 : begin
        result = input_0;
      end
      default : begin
        result = input_1;
      end
    endcase
    MUX_v_17_2_2 = result;
  end
  endfunction


  function automatic [29:0] MUX_v_30_2_2;
    input [29:0] input_0;
    input [29:0] input_1;
    input [0:0] sel;
    reg [29:0] result;
  begin
    case (sel)
      1'b0 : begin
        result = input_0;
      end
      default : begin
        result = input_1;
      end
    endcase
    MUX_v_30_2_2 = result;
  end
  endfunction


  function automatic [15:0] readslicef_30_16_14;
    input [29:0] vector;
    reg [29:0] tmp;
  begin
    tmp = vector >> 14;
    readslicef_30_16_14 = tmp[15:0];
  end
  endfunction


  function automatic [16:0] conv_s2s_16_17 ;
    input [15:0]  vector ;
  begin
    conv_s2s_16_17 = {vector[15], vector};
  end
  endfunction

endmodule

// ------------------------------------------------------------------
//  Design Unit:    fir
// ------------------------------------------------------------------


module fir (
  clk, rst, coeffs_rsc_z, coeffs_rsc_triosy_lz, in1_rsc_dat, in1_rsc_triosy_lz, out1_rsc_dat,
      out1_rsc_triosy_lz
);
  input clk;
  input rst;
  input [511:0] coeffs_rsc_z;
  output coeffs_rsc_triosy_lz;
  input [15:0] in1_rsc_dat;
  output in1_rsc_triosy_lz;
  output [15:0] out1_rsc_dat;
  output out1_rsc_triosy_lz;



  // Interconnect Declarations for Component Instantiations 
  fir_core fir_core_inst (
      .clk(clk),
      .rst(rst),
      .coeffs_rsc_z(coeffs_rsc_z),
      .coeffs_rsc_triosy_lz(coeffs_rsc_triosy_lz),
      .in1_rsc_dat(in1_rsc_dat),
      .in1_rsc_triosy_lz(in1_rsc_triosy_lz),
      .out1_rsc_dat(out1_rsc_dat),
      .out1_rsc_triosy_lz(out1_rsc_triosy_lz)
    );
endmodule